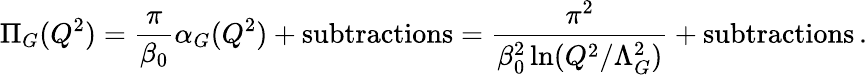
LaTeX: \Pi_{G}(Q^{2})=\frac{\pi}{\beta_{0}}\alpha_{G}(Q^{2})+\mathrm{subtractions}=\frac{\pi^{2}}{\beta_{0}^{2}\ln(Q^{2}/\Lambda_{G}^{2})}+\mathrm{subtractions}\, .